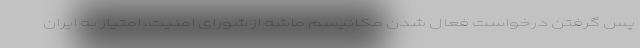
پس گرفتن درخواست فعال شدن مکانیسم ماشه از شورای امنیت، امتیاز به ایران